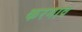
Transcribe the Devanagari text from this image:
करगाव